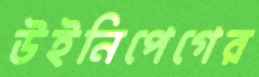
উইনিপেগের